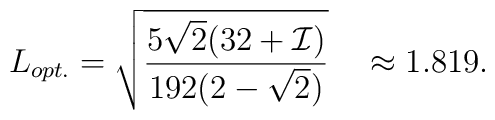
L_{opt.}  = \sqrt{\frac{5 \sqrt{2}(32 + {\cal I})}{192(2 -\sqrt{2})}} ~~~\approx 1.819.